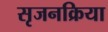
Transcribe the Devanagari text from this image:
सृजनक्रिया